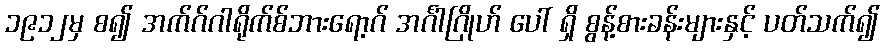
၁၉၁၂မှ စ၍ အက်ဂ်ဂါရိုက်စ်ဘားရော့ဂ် အင်္ဂါဂြိုဟ် ပေါ် ရှိ စွန့်စားခန်းများနှင့် ပတ်သက်၍